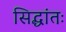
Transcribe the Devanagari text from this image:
सिद्धांतः